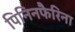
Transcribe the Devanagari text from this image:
पिनिनफैरिना